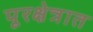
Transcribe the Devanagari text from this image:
पूरक्षेत्रात